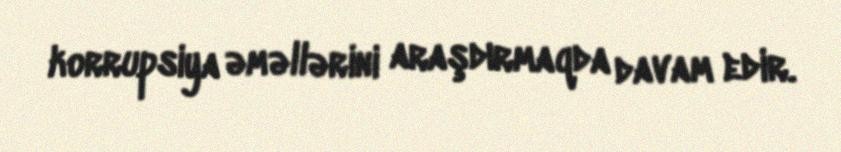
korrupsiya əməllərini araşdırmaqda davam edir.